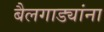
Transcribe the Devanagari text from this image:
बैलगाड्यांना